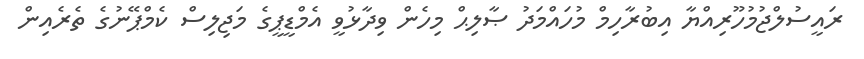
ރައީސުލްޖުމުހޫރިއްޔާ އިބުރާހިމް މުހައްމަދު ޞާލިޙް މިހެން ވިދާޅުވީ އެމްޑީޕީގެ މަޖިލިސް ކެމްޕޭނުގެ ތެރެއިން